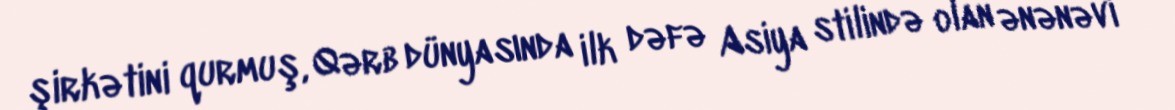
şirkətini qurmuş, Qərb dünyasında ilk dəfə Asiya stilində olan ənənəvi